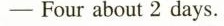
—Four about 2 days.